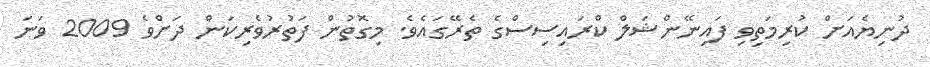
ދުނިޔެއަށް ކުރިމަތިވި ފައިނޭންޝަލް ކްރައިސިސްގެ ތެރޭގައެވެ. މިގޮތުން ފަތުރުވެރިކަން ދަށްވެ 2009 ވަނަ